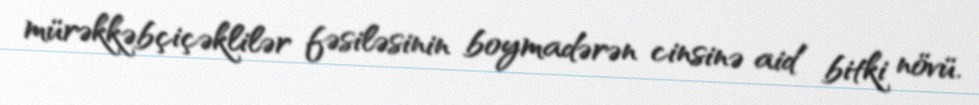
mürəkkəbçiçəklilər fəsiləsinin boymadərən cinsinə aid bitki növü.